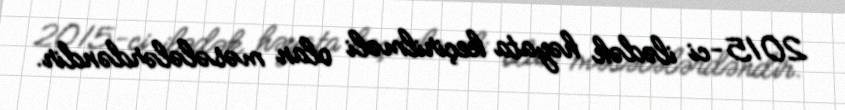
2015-ci ilədək həyata keçirilməli olan məsələlərdəndir.